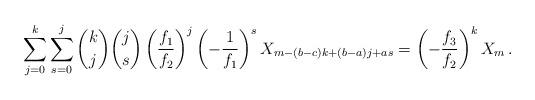
LaTeX: \begin{align*}\sum_{j = 0}^k {\sum_{s = 0}^j {\binom kj\binom js\left( {\frac{{f_1 }}{{f_2 }}} \right)^j\left( {-\frac{{1 }}{{f_1 }}} \right)^s X_{m - (b-c)k + (b - a)j + as} } } = \left(-\frac {f_3}{f_2}\right)^kX_m\,.\end{align*}